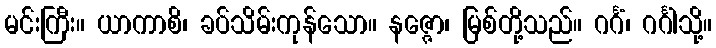
မင်းကြီး။ ယာကာစိ၊ ခပ်သိမ်းကုန်သော။ နဇ္ဇော၊ မြစ်တို့သည်။ ဂင်္ဂံ၊ ဂင်္ဂါသို့။